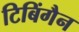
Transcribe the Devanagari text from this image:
टिबिंगैन